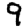
Digit: 9